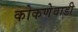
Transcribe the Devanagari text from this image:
कोकणेवाडी